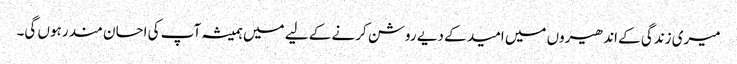
میری زندگی کے اندھیروں میں امید کے دیے روشن کرنے کے لیے میں ہمیشہ آپ کی احسان مند رہوں گی۔